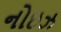
નોઇઝ